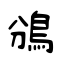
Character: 鳻